Indian journal of veterinary science and animal husbandry - Volumes 15-17, 1948-1951
Year: 1948
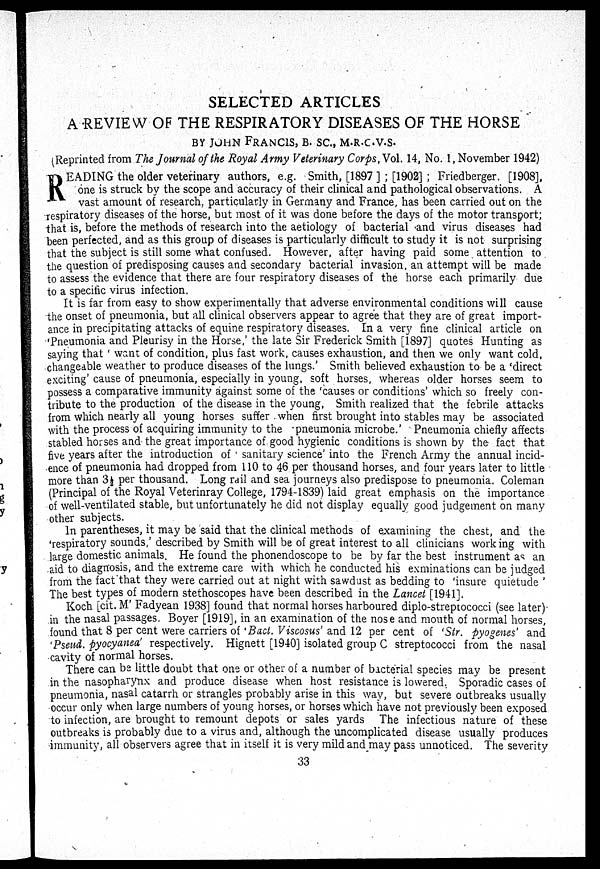
SELECTED ARTICLES
A REVIEW OF THE RESPIRATORY DISEASES OF THE HORSE
BY JOHN FRANCIS, B. Sc., M.R.C.V.S.
(Reprinted from The Journal of the Royal Army Veterinary Corps, Vol. 14, No. 1, November 1942)
R
EADING the older veterinary authors, e.g. Smith, [1897 ] ; [1902] ; Friedberger. [1908],
one is struck by the scope and accuracy of their clinical and pathological observations. A
vast amount of research, particularly in Germany and France, has been carried out on the
respiratory diseases of the horse, but most of it was done before the days of the motor transport;
that is, before the methods of research into the aetiology of bacterial and virus diseases had
been perfected, and as this group of diseases is particularly difficult to study it is not surprising
that the subject is still some what confused. However, after having paid some attention to
the question of predisposing causes and secondary bacterial invasion an attempt will be made
to assess the evidence that there are four respiratory diseases of the horse each primarily due
to a specific virus infection.
It is far from easy to show experimentally that adverse environmental conditions will cause
the onset of pneumonia, but all clinical observers appear to agree that they are of great import-
ance in precipitating attacks of equine respiratory diseases. In a very fine clinical article on
'Pneumonia and Pleurisy in the Horse,' the late Sir Frederick Smith [1897] quotes Hunting as
saying that ' want of condition, plus fast work, causes exhaustion, and then we only want cold,
changeable weather to produce diseases of the lungs.' Smith believed exhaustion to be a 'direct
exciting' cause of pneumonia, especially in young, soft horses, whereas older horses seem to
possess a comparative immunity against some of the 'causes or conditions' which so freely con-
tribute to the production of the disease in the young, Smith realized that the febrile attacks
from which nearly all young horses suffer when first brought into stables may be associated
with the process of acquiring immunity to the 'pneumonia microbe.' Pneumonia chiefly affects
stabled horses and the great importance of good hygienic conditions is shown by the fact that
five years after the introduction of sanitary science' into the French Army the annual incid-
ence of pneumonia had dropped from 110 to 46 per thousand horses, and four years later to little
more than 3½ per thousand. Long rail and sea journeys also predispose to pneumonia. Coleman
(Principal of the Royal Veterinray College, 1794-1839) laid great emphasis on the importance
of well-ventilated stable, but unfortunately he did not display equally good judgement on many
other subjects.
In parentheses, it may be said that the clinical methods of examining the chest, and the
'respiratory sounds,' described by Smith will be of great interest to all clinicians working with
large domestic animals. He found the phonendoscope to be by far the best instrument as an
aid to diagnosis, and the extreme care with which he conducted his exminations can be judged
from the fact that they were carried out at night with sawdust as bedding to 'insure quietude '
The best types of modern stethoscopes have been described in the Lancet [1941].
Koch [cit. M' Fadyean 1938] found that normal horses harboured diplo-streptococci (see later)
in the nasal passages. Boyer [1919], in an examination of the nose and mouth of normal horses,
found that 8 per cent were carriers of 'Bact. Viscosus' and 12 per cent of 'Str. pyogenes' and
'Pseud. pyocyanea' respectively. Hignett [1940] isolated group C streptococci from the nasal
cavity of normal horses.
There can be little doubt that one or other of a number of bacterial species may be present
in the nasopharynx and produce disease when host resistance is lowered. Sporadic cases of
pneumonia, nasal catarrh or strangles probably arise in this way, but severe outbreaks usually
occur only when large numbers of young horses, or horses which have not previously been exposed
to infection, are brought to remount depots or sales yards The infectious nature of these
outbreaks is probably due to a virus and, although the uncomplicated disease usually produces
immunity, all observers agree that in itself it is very mild and may pass unnoticed. The severity
33